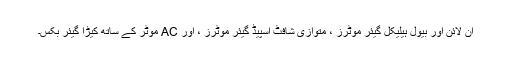
ان لائن اور بیول ہیلیکل گیئر موٹرز ، متوازی شافٹ اسپیڈ گیئر موٹرز ، اور AC موٹر کے ساتھ کیڑا گیئر بکس۔